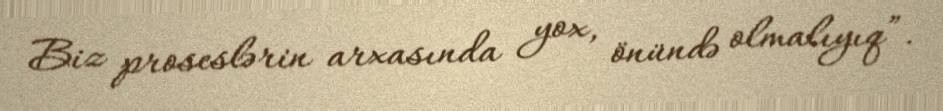
Biz proseslərin arxasında yox, önündə olmalıyıq”.